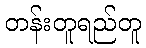
တန်းတူရည်တူ